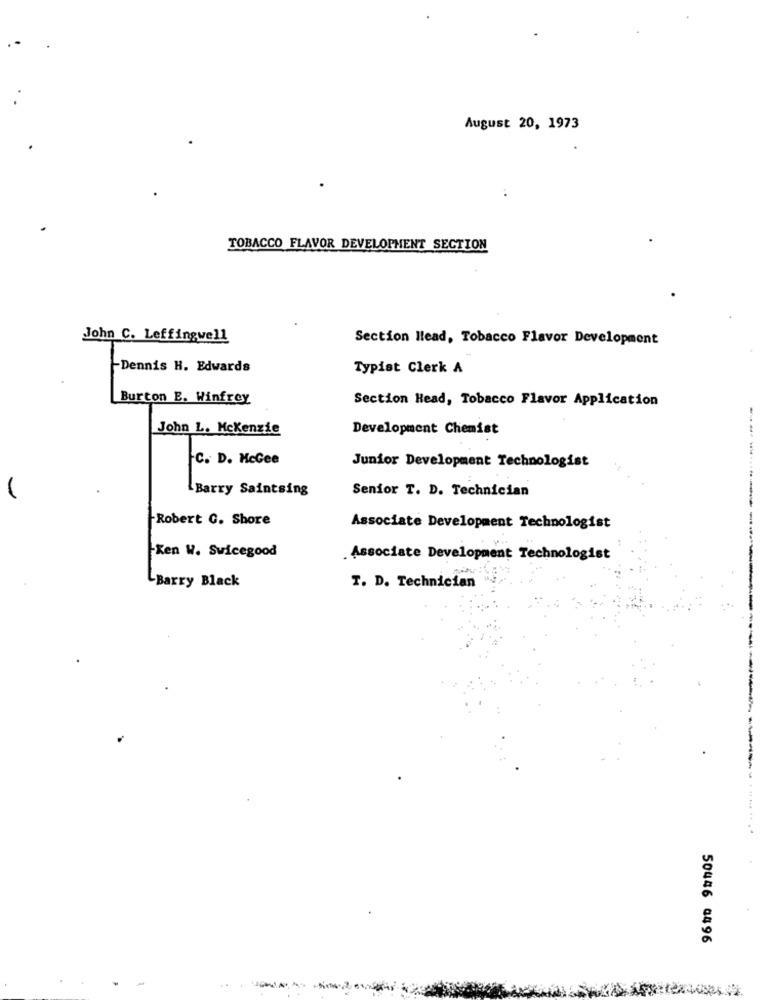
August 20, 1973
TOBACCO FLAVOR DEVELOPMENT SECTION
John C. Leffingwell
Section Head, Tobacco Flavor Development
Dennis H. Edwards
Typist Clerk A
Burton E. Winfrey
Section Head, Tobacco Flavor Application
John L. Mckenzie
Development Chemist
---..
C. D. McGee
Junior Development Technologist
Barry Saintsing
Senior T. D. Technician
Robert C. Shore
Associate Development Technologist
Ken W. Swicegood
. Associate Development Technologist
Barry Black
T. D. Technician
-
50446 0496